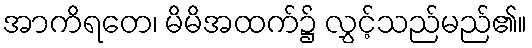
အာကိရတေ၊ မိမိအထက်၌ လွှင့်သည်မည်၏။